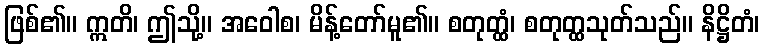
ဖြစ်၏။ ဣတိ၊ ဤသို့။ အဝေါစ၊ မိန့်တော်မူ၏။ စတုတ္ထံ၊ စတုတ္ထသုတ်သည်။ နိဋ္ဌိတံ၊